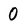
Character: 0